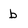
Character: b